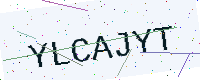
Text: YLCAJYT